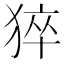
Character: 猝